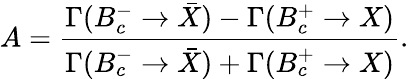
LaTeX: A=\frac{\Gamma(B_{c}^{-}\to\bar{X})-\Gamma(B_{c}^{+}\to X)}{\Gamma(B_{c}^{-}\to\bar{X})+\Gamma(B_{c}^{+}\to X)}.